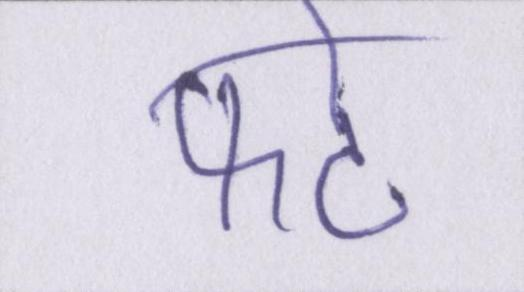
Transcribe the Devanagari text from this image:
फटे